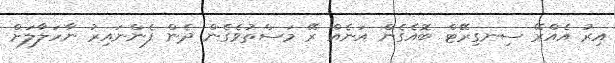
އިރު އެއްރޭ ސިނގިރޭޓް ބޮއެގެން އަނެއް ރޭ މަސްތުވެގެން ދެން ފެންނައިރު ނާހަލާލަށް